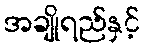
အချိုရည်နှင့်